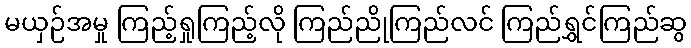
မယှဉ်အမှု ကြည့်ရှုကြည့်လို ကြည်ညိုကြည်လင် ကြည်ရွှင်ကြည်ဆွ